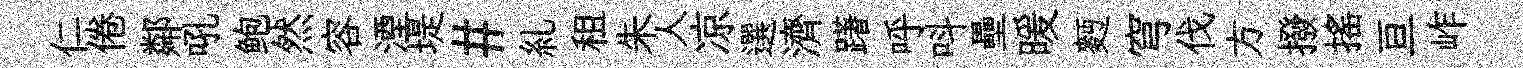
仁倦鄰吼鲍然容湮堤#糺租朱人凉選濟躇呼呌壘暖麪穹伐方撥摇亘岞